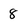
Character: 8